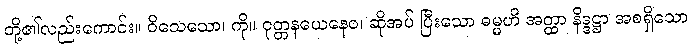
တို့၏လည်းကောင်း။ ဝိသေသော၊ ကို။ ဝုတ္တနယေနေဝ၊ ဆိုအပ် ပြီးသော ဓမ္မဟိ အတ္ထာ နိဒ္ဒဋ္ဌာ အစရှိသော